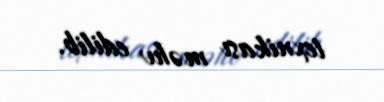
texnikası məhv edilib.